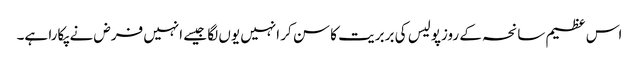
اس عظیم سانحہ کے روزپولیس کی بربریت کا سن کر انہیں یوں لگا جیسے انہیں فرض نے پکارا ہے۔